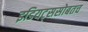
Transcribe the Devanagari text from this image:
इडियट्ससोबतच